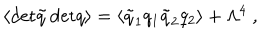
LaTeX: \langle \mathrm { d e t } \tilde { q } \, \mathrm { d e t } q \rangle = \langle \tilde { q } _ { 1 } q _ { 1 } \tilde { q } _ { 2 } q _ { 2 } \rangle + \Lambda ^ { 4 } \ ,